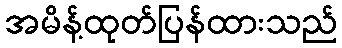
အမိန့်ထုတ်ပြန်ထားသည်